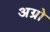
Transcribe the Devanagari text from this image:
अग्रो